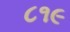
૮૧૯